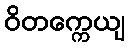
ဝိတက္ကေယျ